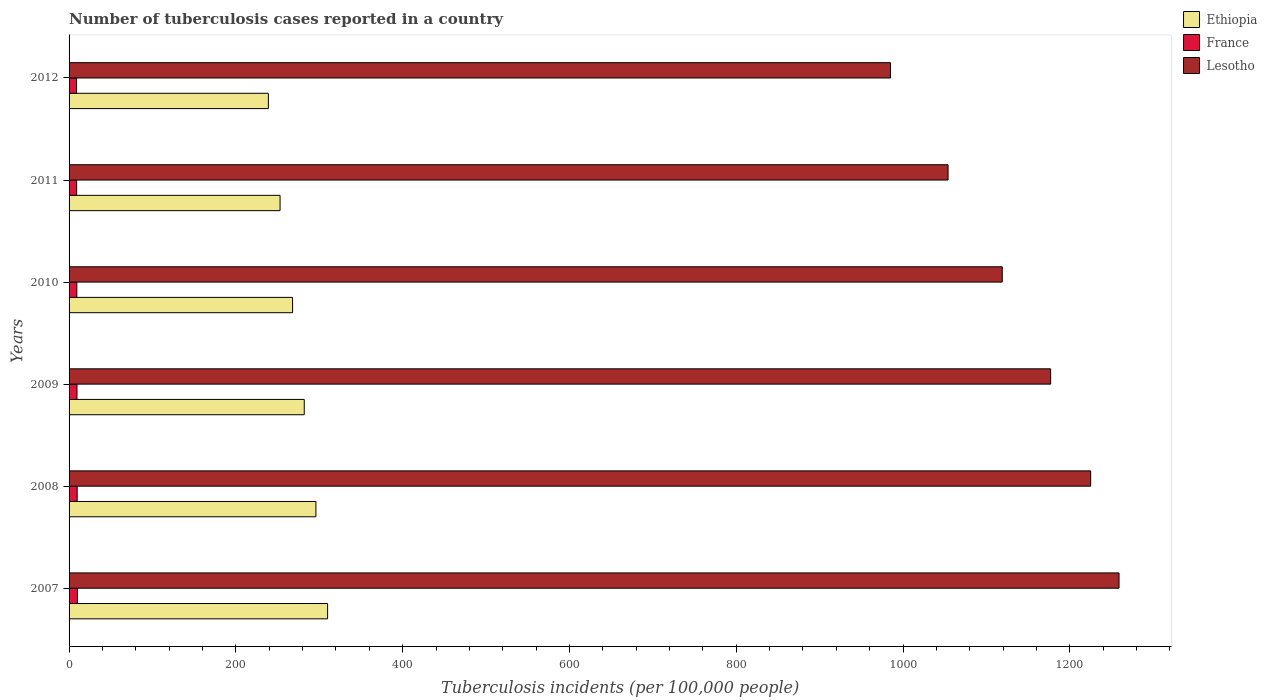
| Years | Ethiopia | France | Lesotho |
 | --- | --- | --- | --- |
 | 2007 | 310 | 10 | 1.26e+03 |
 | 2008 | 296 | 9.7 | 1.22e+03 |
 | 2009 | 282 | 9.5 | 1.18e+03 |
 | 2010 | 268 | 9.3 | 1.12e+03 |
 | 2011 | 253 | 9.1 | 1.05e+03 |
 | 2012 | 239 | 9 | 985 |